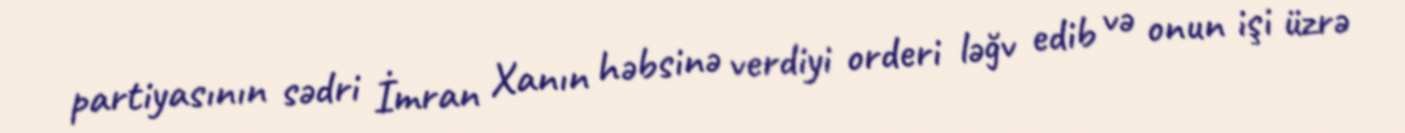
partiyasının sədri İmran Xanın həbsinə verdiyi orderi ləğv edib və onun işi üzrə